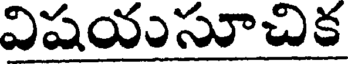
విషయుసూచిక